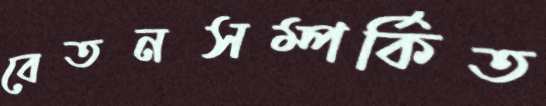
বেতনসম্পর্কিত